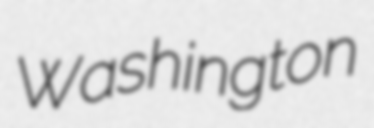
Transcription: Washington